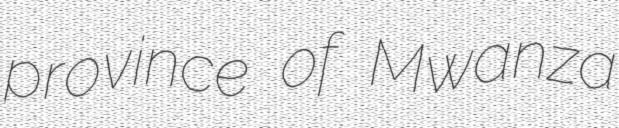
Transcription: province of Mwanza